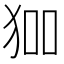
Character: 𭸅